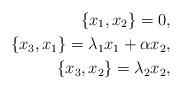
LaTeX: \begin{align*}\{x_1, x_2\}=0,\\\{x_3, x_1\}= \lambda_1x_1+ \alpha x_2,\\\{x_3, x_2\}=\lambda_2x_2,\end{align*}